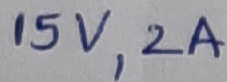
Text: 15V,2A